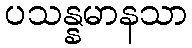
ပသန္နမာနသာ